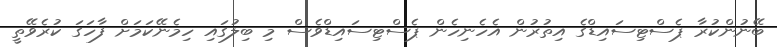
ބޭނުންކުރާ ޕެސްޓިސައިޑްގެ އިތުރުން އެހެނިހެން ޕެސްޓިސައިޑްވެސް މި ބިލުގައި ހިމެނޭކަމަށް ފާހަގަ ކުރެވޭތީ